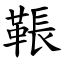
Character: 䩨